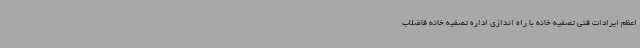
اعظم ایرادات فنی تصفیه خانه با راه اندازی اداره تصفیه خانه فاضلاب